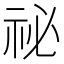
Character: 祕